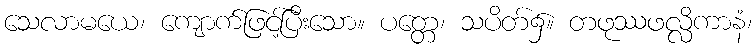
သေလာမယေ၊ ကျောက်ဖြင့်ပြီးသော။ ပတ္တေ၊ သပိတ်၌။ တဖုဿဖလ္လိကာနံ၊